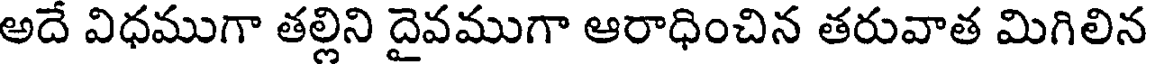
అదే విధముగా తల్లిని దైవముగా ఆరాధించిన తరువాత మిగిలిన